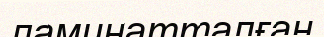
ламинатталған